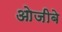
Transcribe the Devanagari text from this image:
ओजीबे